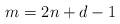
LaTeX: \begin{align*}m = 2n + d - 1\end{align*}